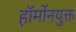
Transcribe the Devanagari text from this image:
हॉर्मोनयुक्त